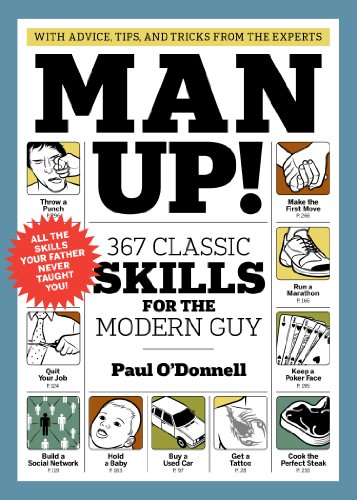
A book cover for Man Up!: 367 Classic Skills for the Modern Guy; Paul O'Donnell; Health, Fitness & Dieting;